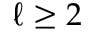
\ell \geq 2